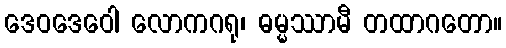
ဒေဝဒေဝေါ လောကဂရု၊ ဓမ္မဿာမီ တထာဂတော။